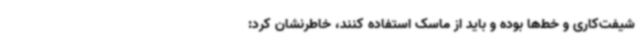
شیفت‌کاری و خط‌ها بوده و باید از ماسک استفاده کنند، خاطرنشان کرد: